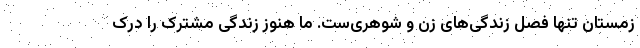
زمستان تنها فصل زندگی‌های زن و شوهری‌ست. ما هنوز زندگی مشترک را درک